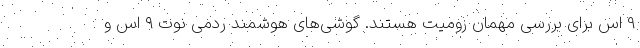
9 اس برای بررسی مهمان زومیت هستند. گوشی‌های هوشمند ردمی نوت ۹ اس و